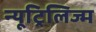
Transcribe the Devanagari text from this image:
न्यूट्रिलिज्म